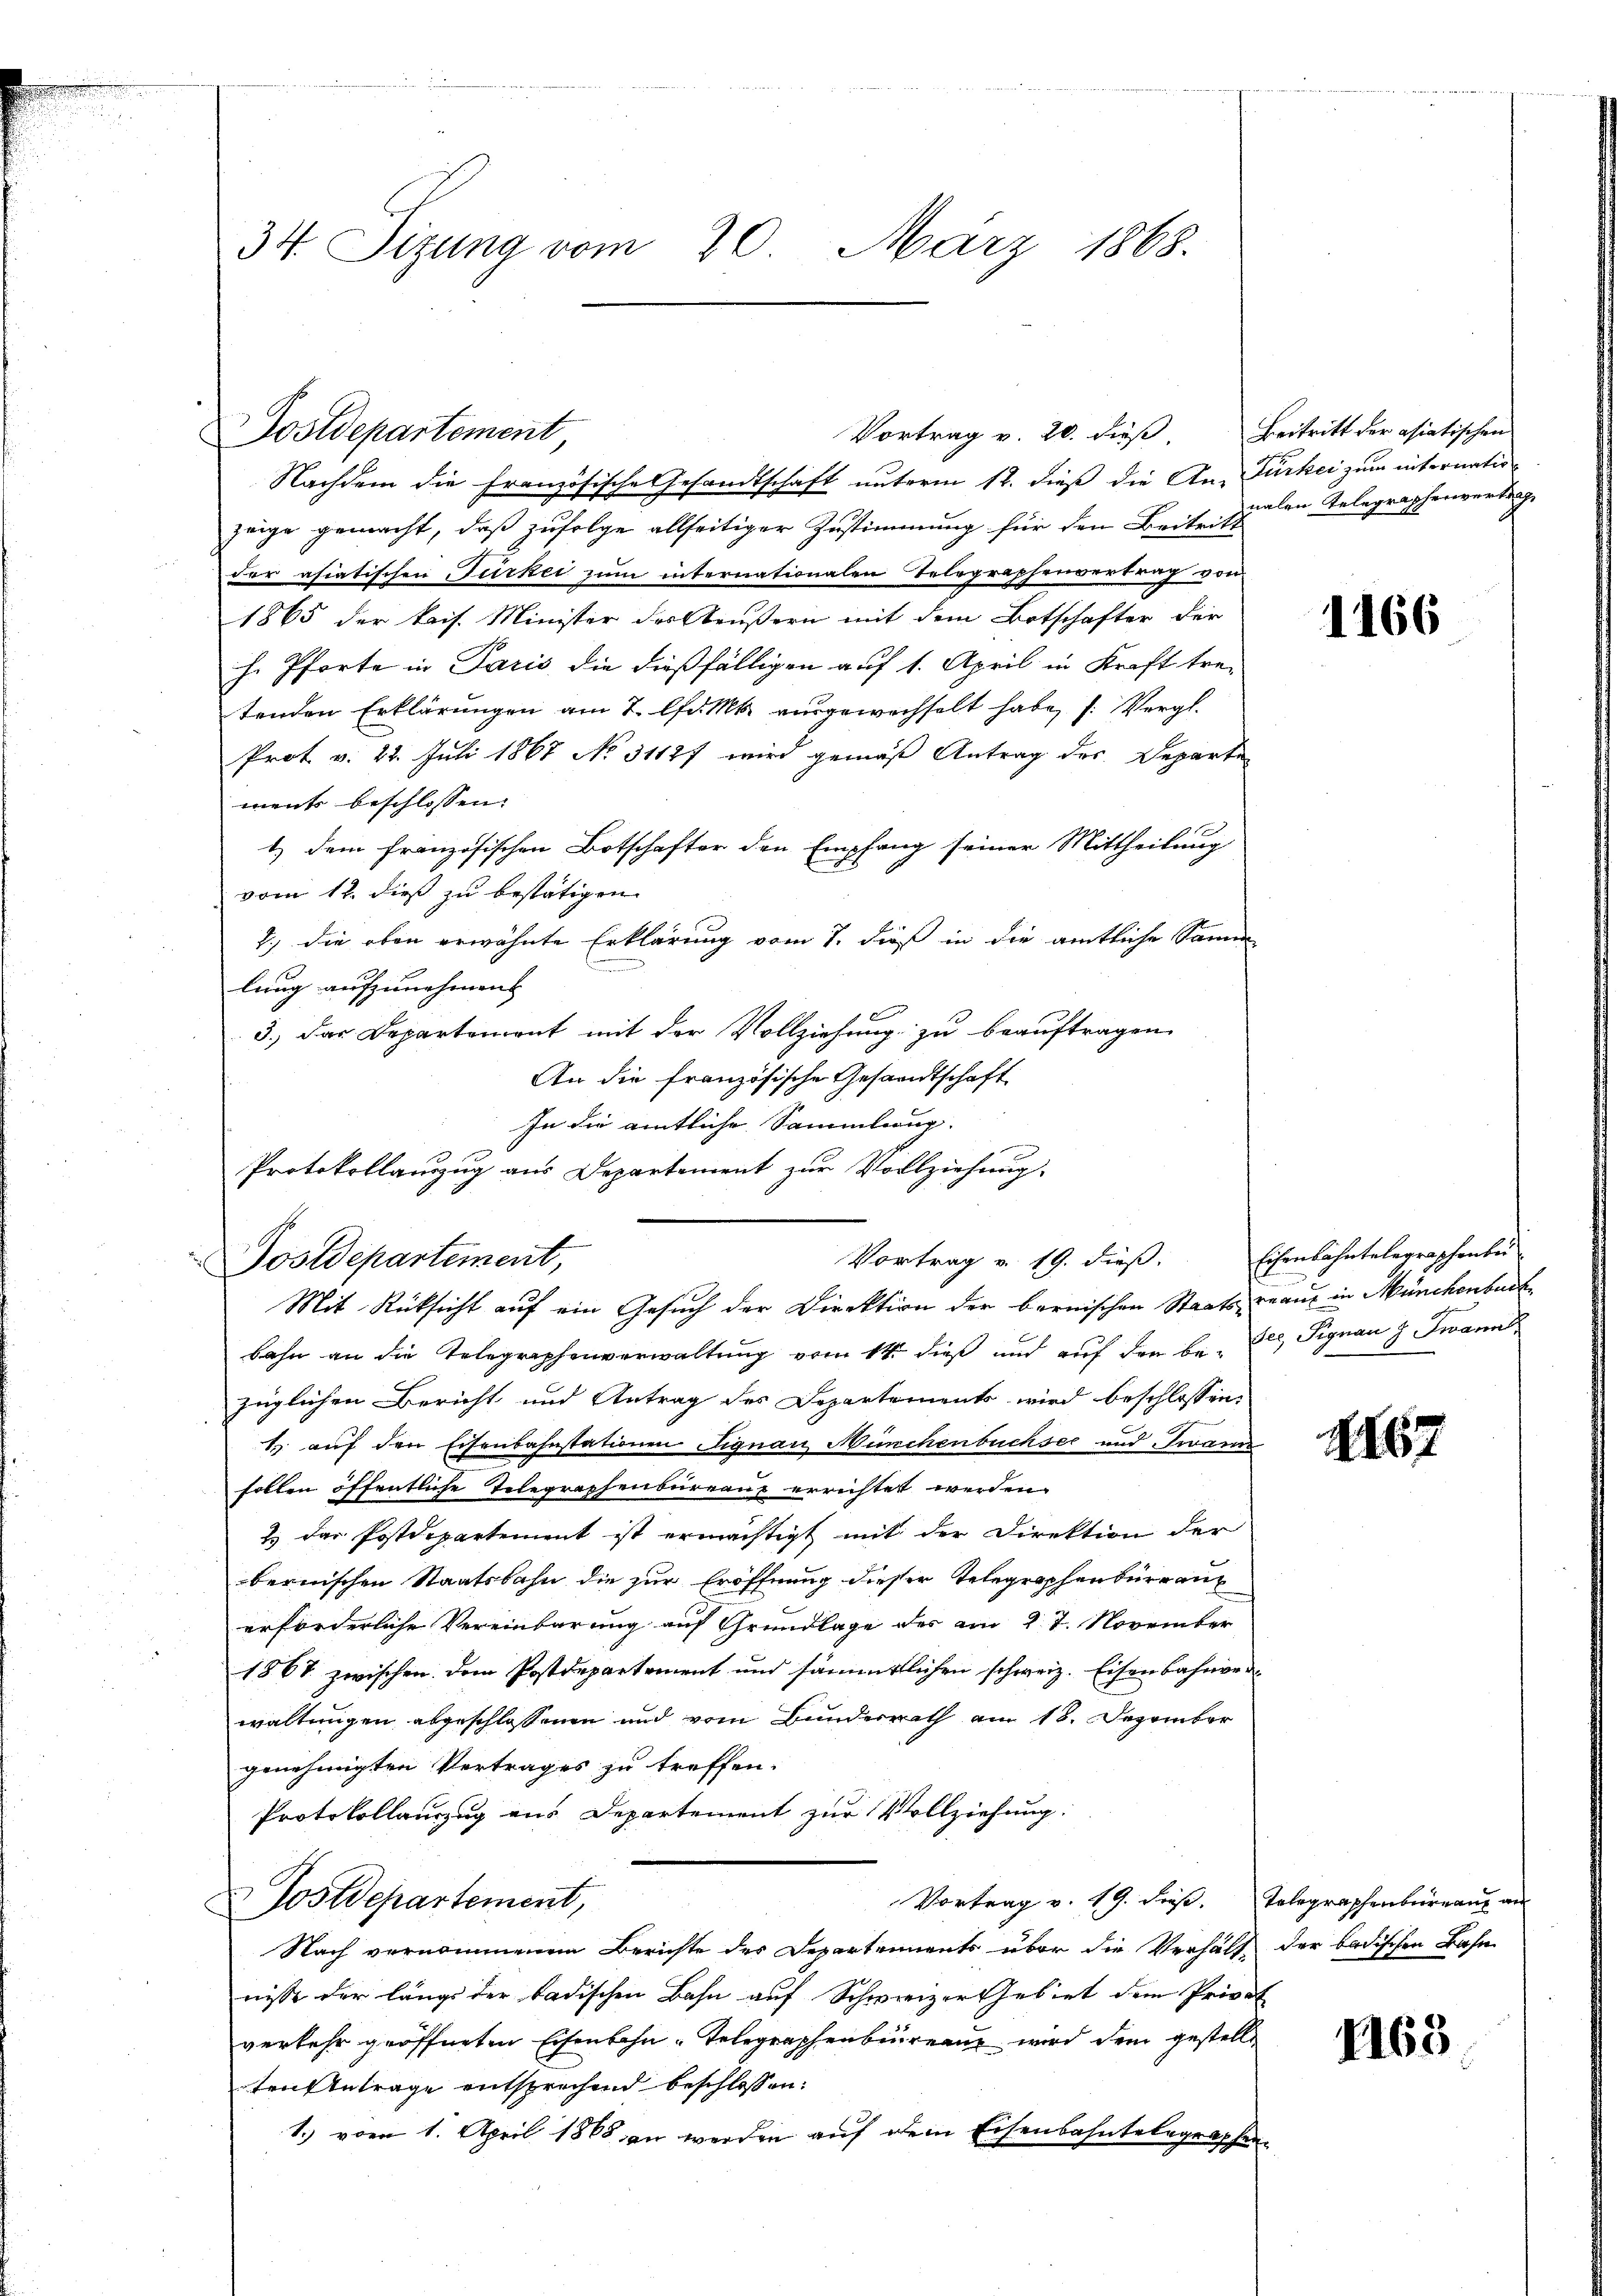
34 Sizung vom 20. März 1868.

Postdepartement

Nachdem die Französische Gesandtschaft unterm 12. dieß die An-Fürkei zum internatiozeige gemacht, daß zufolge allseitiger Zustimmung für den Beitritt
der asiatischen Türkei zum internationalen Telegraphenvertrag von
1865 der kais. Minister des Aeußern mit dem Botschafter der
h. Pforte in Paris, die dießfälligen auf 1. April in Kraft tre-
tenden Erklärungen am 7. lfd. Ms. ausgewechselt habe, s. Vergl.
Prot v. 22. Juli 1867 No 31127 wird gemäß Antrag des Departe
ments beschlossen:
1.) Dem französischen Botschafter den Empfang seiner Mittheilung
vom 12. dieß zu bestätigen.
2.) die oben erwähnte Erklärung vom 7. dieß in die amtliche Samm
.
lung aufzunehmen.
3.) Das Departement mit der Vollziehung zu beauftragen
An die französische Gesandtschaft
In die amtliche Sammlung.
Protokollanzug aus Departement zur Vollziehung.

Vortrag v. 19. dieß,
Postdepartement,
Mit Rücksicht auf ein Gesuch der Direktion der bernischen Staats- unauf in Münchenbach

Vortrag v. 20. dieß,

Beitritt der asiatischen
nalen Telegraphenvertrag

bahn an die Telegraphenverwaltung vom 14. dieß und aŭf den be- Cl. Signau z Twann
züglichen Bericht und Antrag des Departements wird beschlossen:
k. auf den Eisenbahnstationen Signatz Münchenbüchsec und Twann
follen öffentliche Telegraphenbureaux errichtet werden.
2 das Postdepartement ist ermächtigt mit der Direktion der
bernischen Staatsbahn die zur Eröffnung dieser Telegraphenburgau
erforderliche Vereinbarung auf Grundlage des am 27. November
1867 zwischen. Dem Postdepartement und sämmtlichen schweiz. Eisenbahnverwaltungen abgeschlossenen und vom Bunderrath am 18. Dezember
genehmigten Vertrages zu treffen.
Protokollauszug aus Departement zur Vollziehung.
Vortrag v. 19. dieß. Telegraphenbüreau an
Postdepartement,
Nach vernommenen Berichte des Departements über die Verhält der badischen Bahn
nisse der längs der badischen Bahn auf Schweizer Gebiet dem Privat
verkehr geöffneten Eisenbahn-Telegraphenbureau wird dem gestellt
ten Antrage entsprechend beschlossen:
1.) vom 1. April 1868 an werden auf dem Eisenbahntelegraphen

1166

Eisenbahntelegraphenber

4167

1165